Indian journal of veterinary science and animal husbandry - Volumes 28-29, 1958-1959
Year: 1958
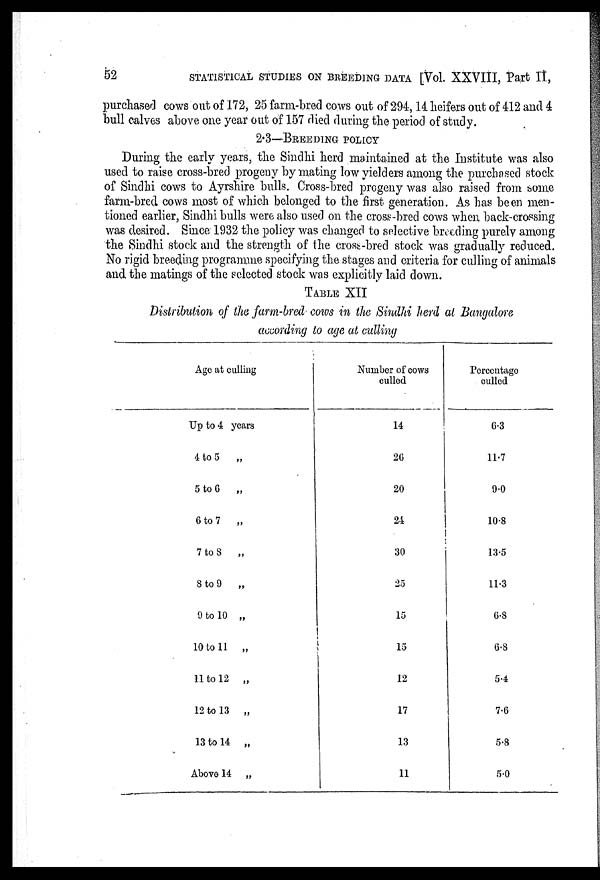
52
STATISTICAL STUDIES ON BREEDING DATA [Vol. XXVIII, Part II,
purchased cows out of 172, 25 farm-bred cows out of 294, 14 heifers out of 412 and 4
bull calves above one year out of 157 died during the period of study.
2.3—BREEDING POLICY
During the early years, the Sindhi herd maintained at the Institute was also
used to raise cross-bred progeny by mating low yielders among the purchased stock
of Sindhi cows to Ayrshire bulls. Cross-bred progeny was also raised from some
farm-bred cows most of which belonged to the first generation. As has been men-
tioned earlier, Sindhi bulls were also used on the cross-bred cows when back-crossing
was desired. Since 1932 the policy was changed to selective breeding purely among
the Sindhi stock and the strength of the cross-bred stock was gradually reduced.
No rigid breeding programme specifying the stages and criteria for culling of animals
and the matings of the selected stock was explicitly laid down.
TABLE XII
Distribution of the farm-bred cows in the Sindhi herd at Bangalore
according to age at culling
Age at culling
Up to 4 years
4 to 5
„
5 to 6 „
6 to 7 „
7 to 8 „
8 to 9
„
9 to 10 „
10 to 11 „
11 to 12 „
12 to 13 „
13 to 14 „
Above 14 „
Number of cows
culled
14
26
20
24
30
25
15
15
12
17
13
11
Percentage
culled
6.3
11.7
9.0
10.8
13.5
11.3
6.8
6.8
5.4
7.6
5.8
5.0